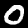
Label: 0